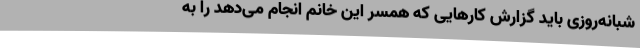
شبانه‌روزی باید گزارش کارهایی که همسر این خانم انجام می‌دهد را به